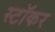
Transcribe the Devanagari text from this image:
स्टॉकर